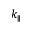
k _ { \parallel }